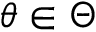
\theta \in \Theta